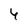
Character: 4